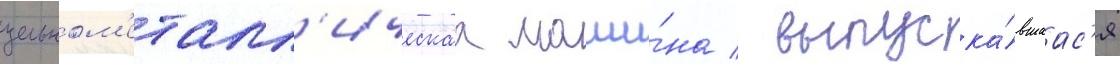
цельном'еталл'ическаа маши́на / выпуска́вшаас'я